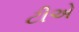
ટીએ